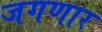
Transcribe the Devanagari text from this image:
जगणार